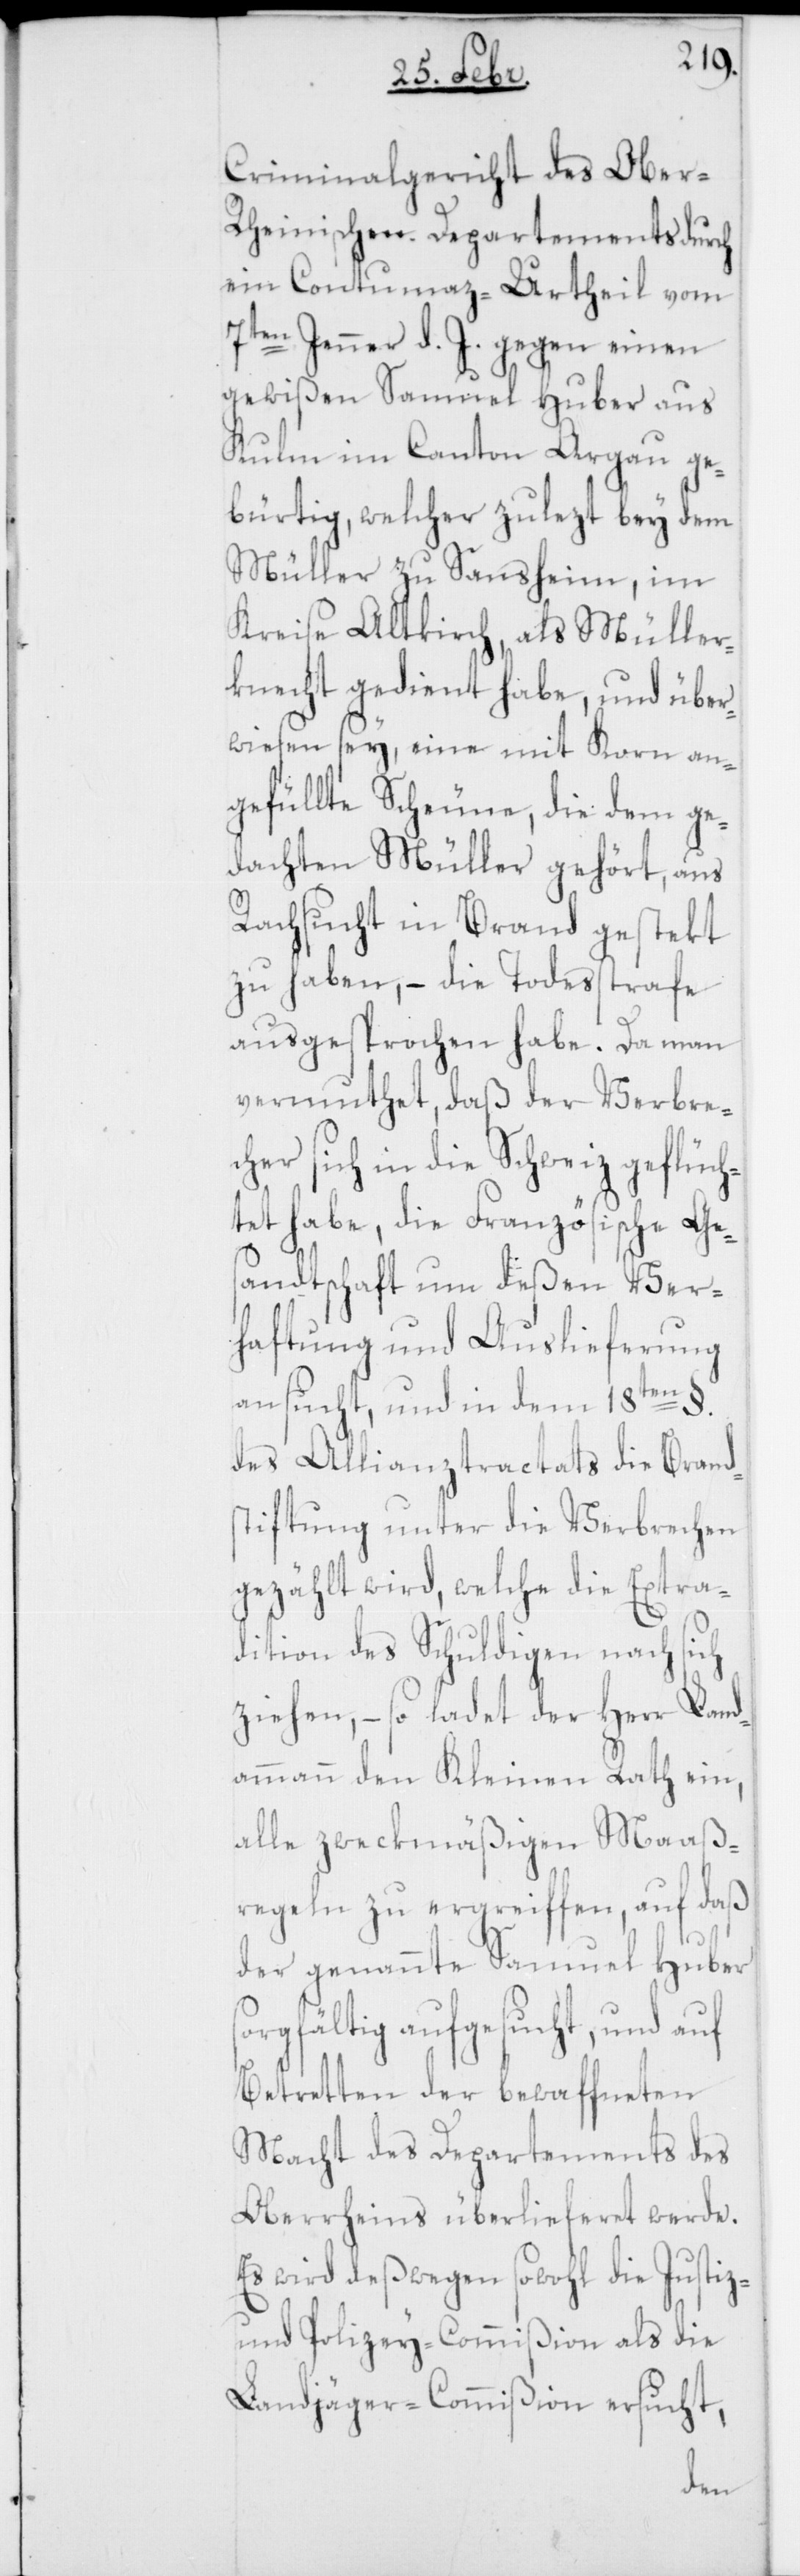
Criminalgericht des Ober-R¬
heinischen Departements durch
ein Contumaz-Urtheil vom
7ten Jenner d. J. gegen einen
gewißen Samuel Huber aus
Kulm im Canton Aargau ge¬
bürtig, welcher zulezt bey dem
Müller zu Sansheim im
Kreise Altkirch, als Müller¬
knecht gedient habe, und über¬
wiesen sey, eine mit Korn an¬
gefüllte Scheune, die dem ge¬
dachten Müller gehört, aus
Rachsucht in Brand gestekt
zu haben, – die Todesstrafe
ausgesprochen habe. Da man
vermuthet, daß der Verbre¬
cher sich in die Schweiz geflüch¬
tet habe, die Französische Ges¬
andtschaft um deßen Ver¬
haftung und Auslieferung
ansucht, und in dem 18ten §.
des Allianztractats die Brand¬
stiftung unter die Verbrechen
gezählt wird, welche die Extra¬
dition des Schuldigen nach sich
ziehen, – so ladet der Herr Land¬
ammann den Kleinen Rath ein,
alle zweckmäßigen Maaß¬
regeln zu ergreiffen, auf daß
der genannte Samuel Huber
sorgfältig aufgesucht, und auf
Betretten der bewaffneten
Macht des Departements des
Oberrheins überlieferet werde.
Es wird deßwegen sowohl die Justiz-
und Polizey-Commißion als die
Landjäger-Commißion ersucht,